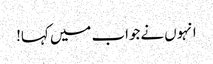
انہوں نےجواب میں کہا!